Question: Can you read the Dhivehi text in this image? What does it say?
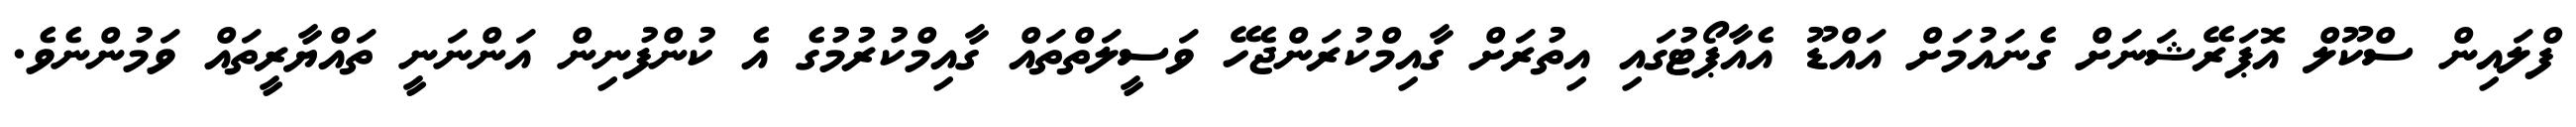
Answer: ފްލައިން ސްކޫލް އޮޕަރޭޝަނަށް ގެނައުމަށް އައްޑޫ އެއާޕޯޓުގައި އިތުރަށް ގާއިމްކުރަންޖެހޭ ވަސީލަތްތައް ގާއިމްކުރުމުގެ އެ ކުންފުނިން އަންނަނީ ތައްޔާރީތައް ވަމުންނެވެ.